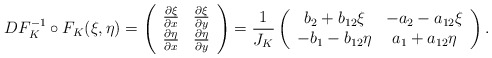
\begin{align*}DF_K^{-1} \circ F_K(\xi,\eta) = \left(\begin{array}{cc} \frac{\partial\xi}{\partial x} & \frac{\partial\xi}{\partial y}\\\frac{\partial\eta}{\partial x} & \frac{\partial\eta}{\partial y} \end{array}\right)=\frac{1}{J_K}\left(\begin{array}{cc} b_2 + b_{12}\xi & -a_2 -a_{12}\xi \\ -b_1 - b_{12}\eta & a_1 + a_{12}\eta\end{array}\right).\end{align*}